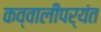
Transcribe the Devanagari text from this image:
कव्वालीपर्यंत